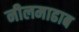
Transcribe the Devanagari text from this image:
नीलमाढाब